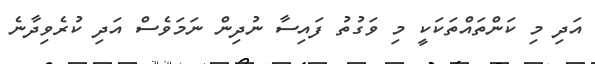
އަދި މި ކަންތައްތަކަކީ މި ވަގުތު ފައިސާ ނުދިން ނަމަވެސް އަދި ކުރެވިދާނެ